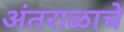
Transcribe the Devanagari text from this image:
अंतराळाचे